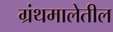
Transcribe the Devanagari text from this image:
ग्रंथमालेतील